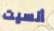
أنسيت